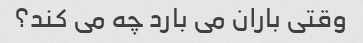
وقتی باران می بارد چه می کند؟